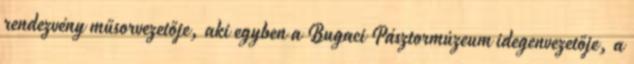
rendezvény műsorvezetője, aki egyben a Bugaci Pásztormúzeum idegenvezetője, a